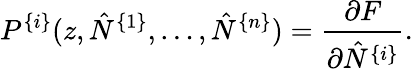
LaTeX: P^{\{ i\} }(z,\hat{N}^{\{ 1\} },\ldots,\hat{N}^{\{ n\} })=\frac{\partial F}{\partial\hat{N}^{\{ i\} }}.